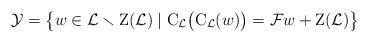
LaTeX: \begin{align*} \mathcal{Y} = \big\{ w \in \mathcal{L} \smallsetminus \mathrm{Z}(\mathcal{L}) \mid \mathrm{C}_\mathcal{L} \big( \mathrm{C}_\mathcal{L}(w) \big) = \mathcal{F} w + \mathrm{Z}(\mathcal{L}) \big\} \end{align*}